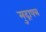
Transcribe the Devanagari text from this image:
मुद्रापत्र